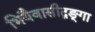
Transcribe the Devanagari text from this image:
भियैवासीद्गङ्गा